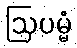
ဩပမ္မံ